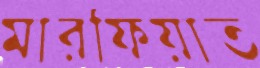
মারফিয়াত